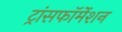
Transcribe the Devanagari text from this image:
ट्रांसफॉर्मेशन